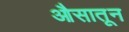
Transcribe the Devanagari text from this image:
औसातून